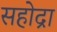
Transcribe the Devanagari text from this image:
सहोद्रा